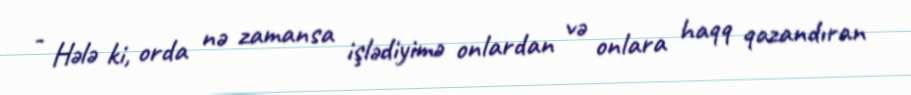
- Hələ ki, orda nə zamansa işlədiyimə onlardan və onlara haqq qazandıran